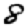
Digit: 8